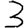
Digit: 3